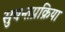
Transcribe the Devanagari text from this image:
सुबन्तप्रक्रिया